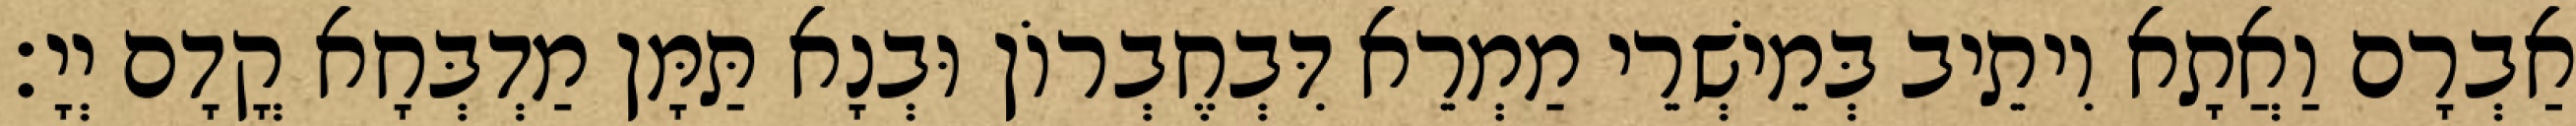
אַבְרָם וַאֲתָא וִיתֵיב בְּמֵישְׁרֵי מַמְרֵא דִּבְחֶבְרוֹן וּבְנָא תַּמָּן מַדְבְּחָא קֳדָם יְיָ׃